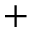
+